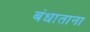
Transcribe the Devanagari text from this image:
बंधाताना